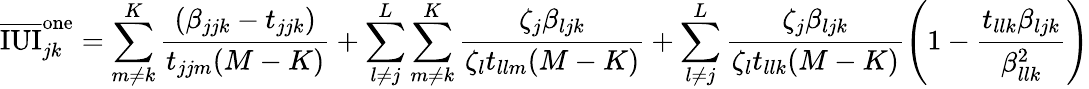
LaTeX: \overline{{\mathrm{IUI}}}_{jk}^{\mathrm{one}}=\sum_{m\neq k}^{K}\frac{(\beta_{jjk}-t_{jjk})}{t_{jjm}(M-K)}+\sum_{l\neq j}^{L}\sum_{m\neq k}^{K}\frac{\zeta_{j}\beta_{ljk}}{\zeta_{l}t_{llm}(M-K)}+\sum_{l\neq j}^{L}\frac{\zeta_{j}\beta_{ljk}}{\zeta_{l}t_{llk}(M-K)}\left(1-\frac{t_{llk}\beta_{ljk}}{\beta_{llk}^{2}}\right)